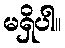
မရှိပါ။